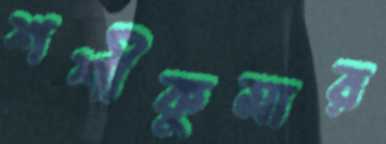
শশীকুমার